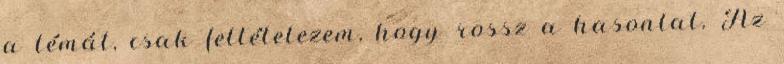
a témát, csak feltételezem, hogy rossz a hasonlat. Az